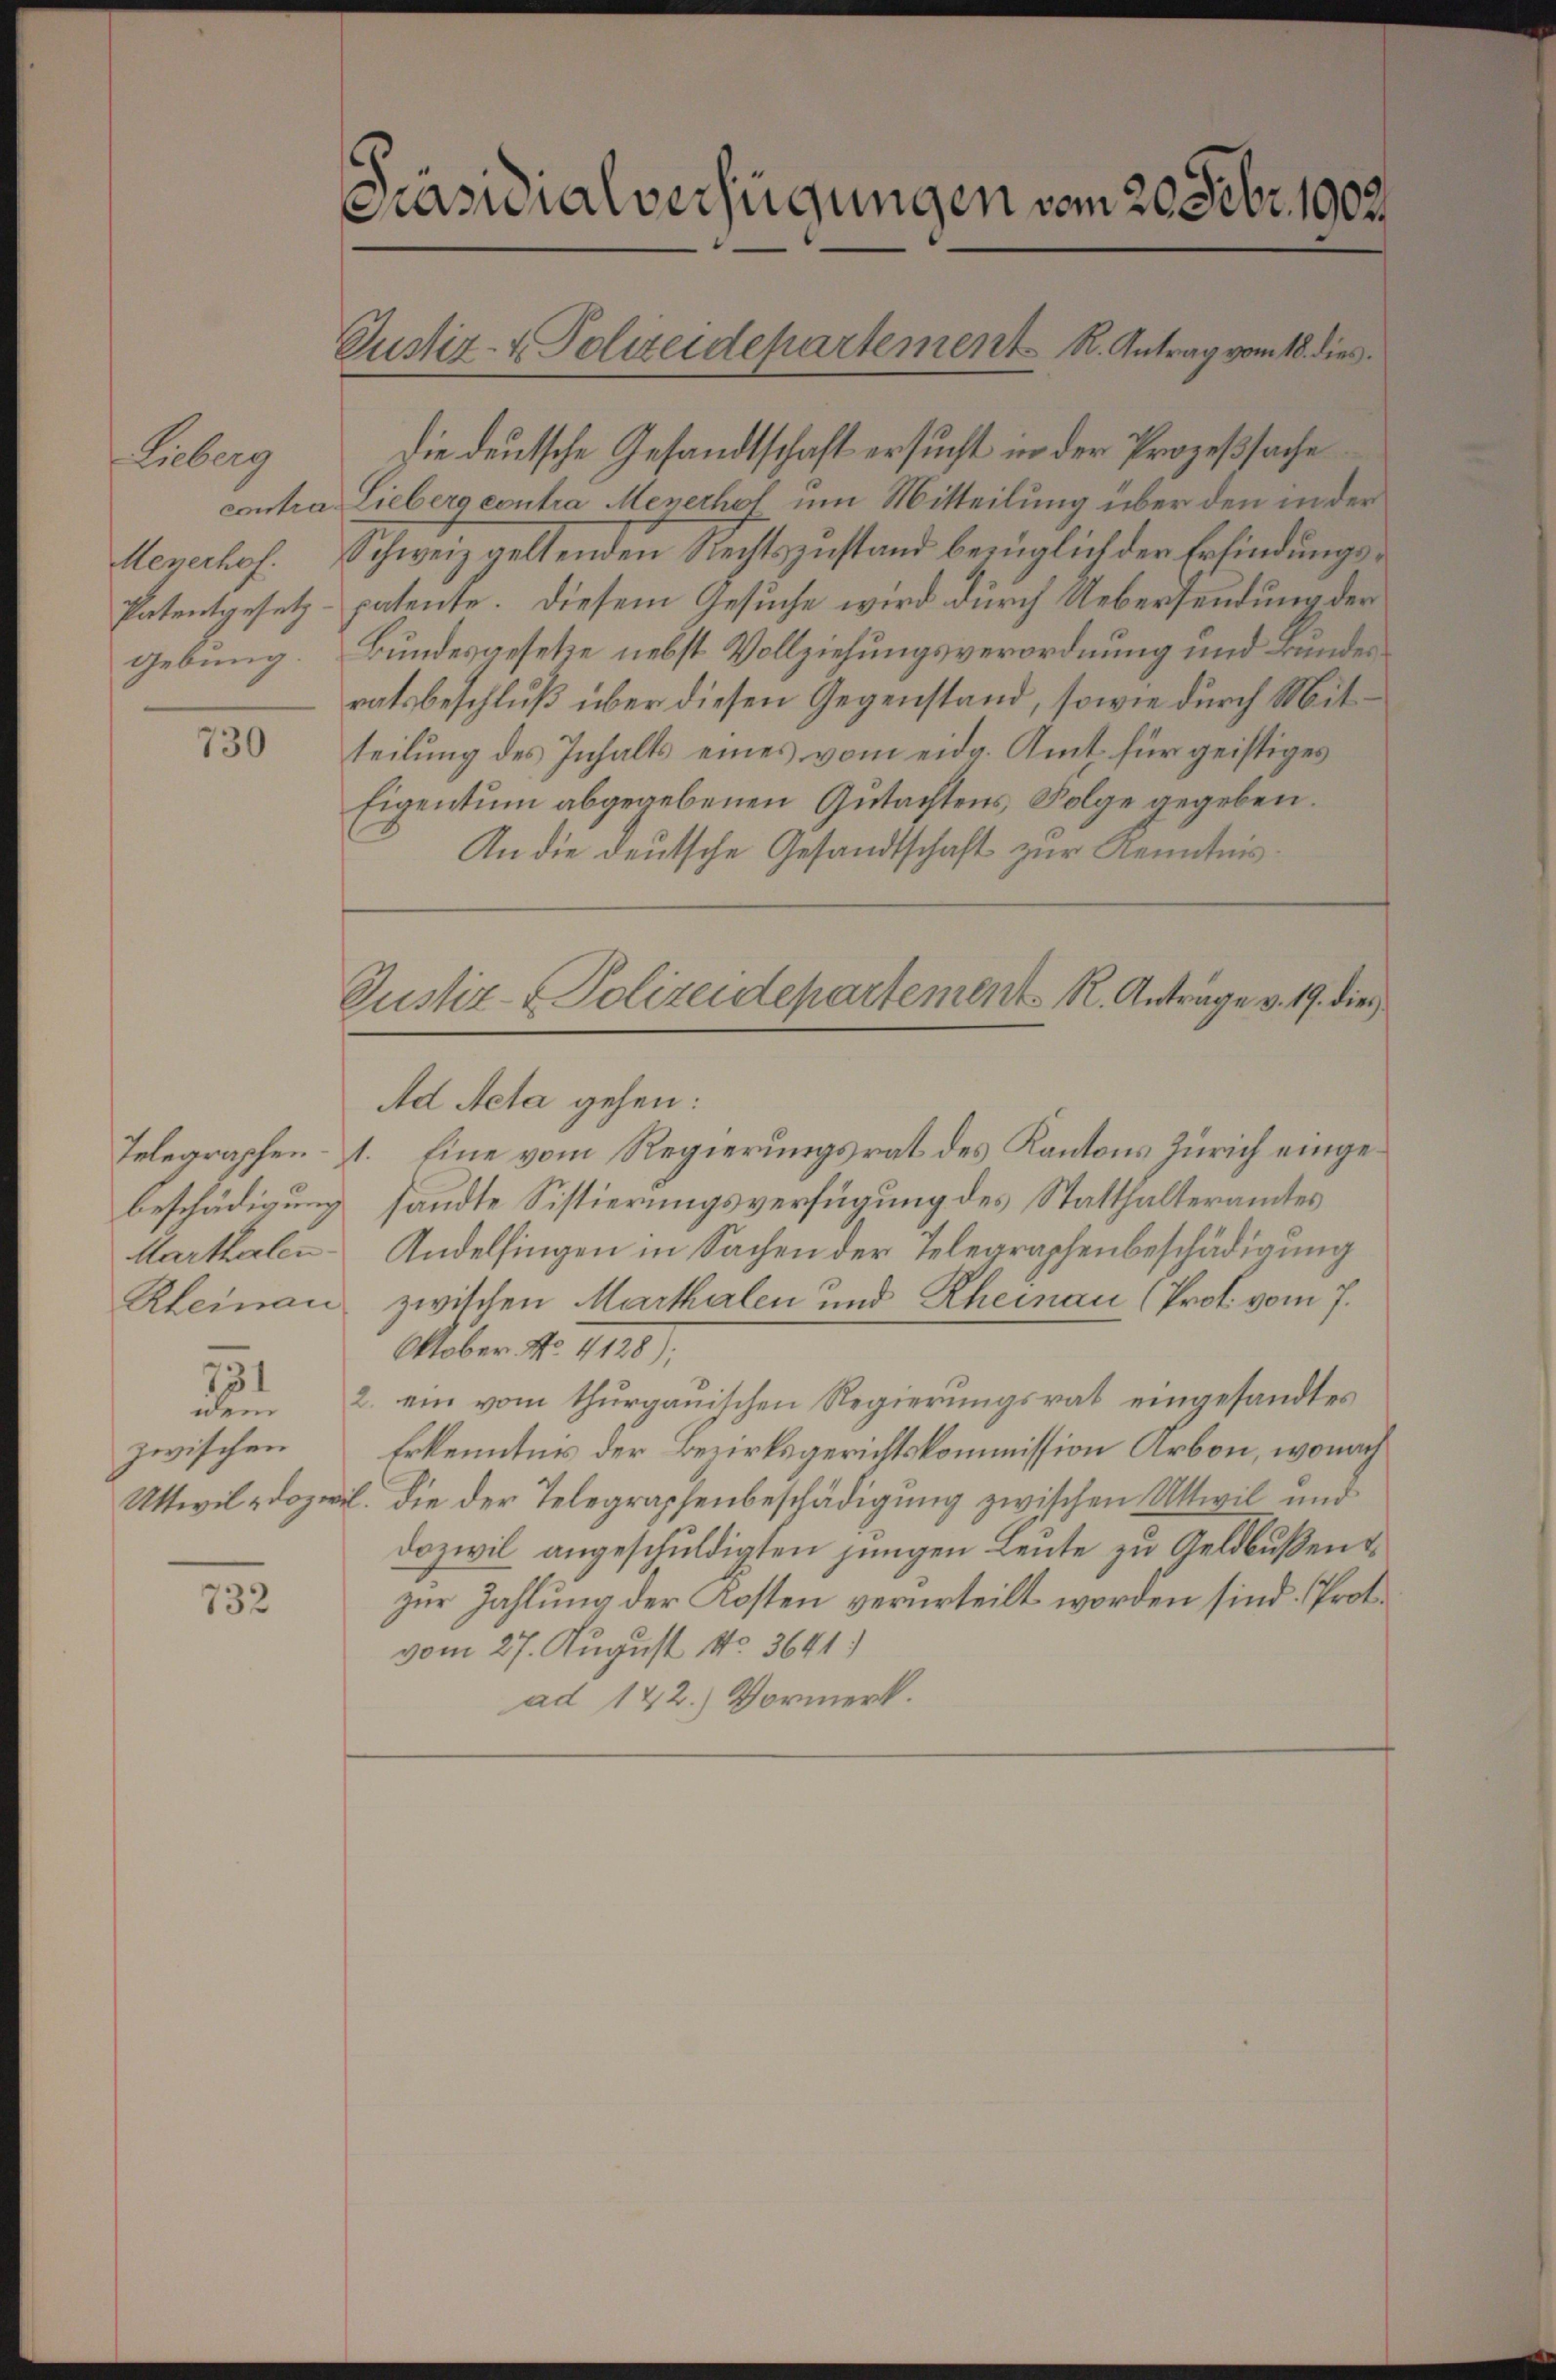
Liberg
contra
Henerhof.
Patentgesetz
gebung.

730

Telegraphen
beschädigung
Marthalen
Rheinau

3

Die deutsche Gesandtschaft ersucht in der Prozeßsache
Liebers contra Menerhol um Mitteilung über den in der
Schweiz geltenden Rechtszustand bezüglich der Erfindungspatente. Diesem Gesuche wird durch Uebersendung der
Bundesgesetze nebst Vollziehungsverordnung und Bundes
ratsbeschluß über diesen Gegenstand, sowie durch Mitteilung des Inhalts eines vom eidg. Amt für geistiges
Eigentum abgegebenen Gutachtens Folge gegeben.
An die deutsche Gesandtschaft zur Kenntnis

ddem
zwischen
Uttwil - dazwis

732

Präsidialverfügungen vom 20. Febr. 1902.

Justiz- & Polizeidepartement R. Antrag vom 18. dies

Justiz- & Polizeidepartement R. Anträge v. 19. dies
Ad Acta gehen:

1. Eine vom Regierungsrat des Kantons Zürich eingesandte Sistierungsverfügung des Statthalteramtes
Andelfingen in Sachen der Telegraphenbeschädigung
zwischen Marthalen und Rheinau (Prof. vom 7.
Oober No. 1128):
2. ein vom thurgauischen Regierungsrat eingesandtes
Erkenntnis der Bezirksgerichtskommission Arbon, wonach
l. die der Telegraphenbeschädigung zwischen Uttwil und
Dozwil angeschuldigten jungen Leute zu Geldbußentzur Zahlung der Kosten verurteilt worden sind. Proto
vom 27. August No 3641)
ad 122.) Vormerk.